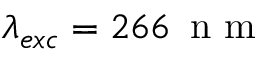
\lambda _ { e x c } = 2 6 6 \, \mathrm { ~ n ~ m ~ }